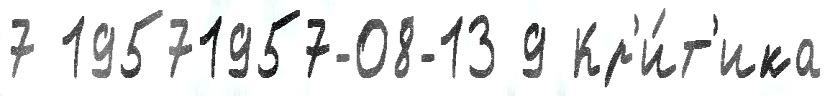
7 19571957-08-13 9 Кр'и́т'ика